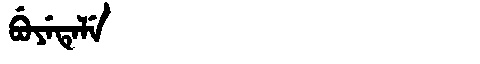
Manchu: ᠪᡠᠶᡝᡨᡝᠯᡝ
Romanization: BUYETELE